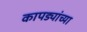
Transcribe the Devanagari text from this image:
कापड्यांच्या